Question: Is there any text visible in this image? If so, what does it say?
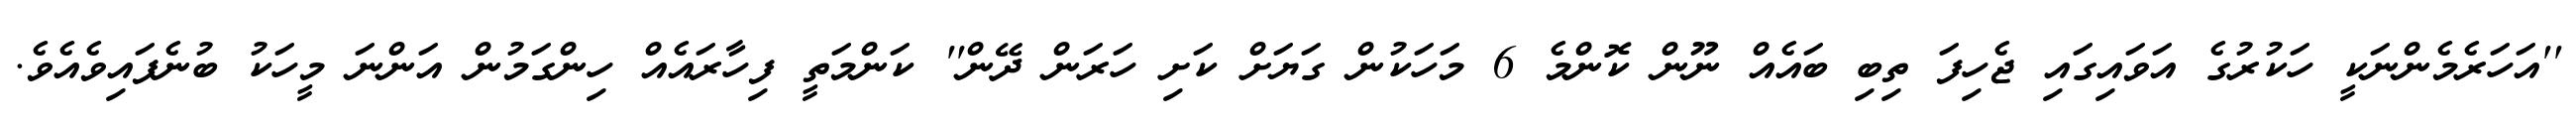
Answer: ''އަހަރެމެންނަކީ ހަކުރުގެ އަވައިގައި ޖެހިފަ ތިބި ބައެއް ނޫން ކޮންމެ 6 މަހަކުން ގަޔަށް ކަށި ހަރަން ދޭން'' ކަންމަތީ ފިހާރައެއް ހިންގަމުން އަންނަ މީހަކު ބުނެފައިވެއެވެ.